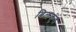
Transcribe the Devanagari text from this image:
बिलकुंड